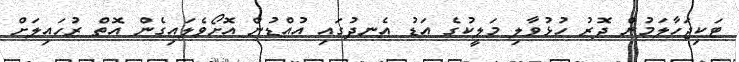
ޓަކިޖަހާލަމުން ދޮރު ހުޅުވާލި މަލީކުގެ އަޑު އެނދުގައި އުއްޑުން އޮށޯވެލައިގެން އޮތް ރުހައިލަށް